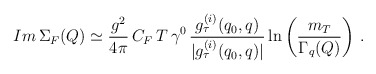
\begin{align*}Im \, \Sigma_F (Q) \simeq \frac{g^2}{4 \pi} \, C_F \, T \, \gamma^0 \, \frac{g_\tau^{(i)} (q_0, q)}{|g_\tau^{(i)} (q_0, q)|} \ln \left( \frac{m_T}{\Gamma_q (Q)} \right) \, . \end{align*}